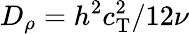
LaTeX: D_{\rho}=h^{2}c_{\mathrm{T}}^{2}/12\nu